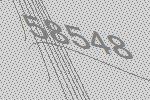
58548